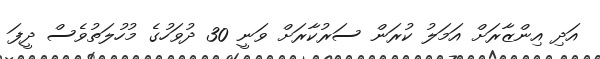
އަދި އިންޒާރަށް އަމަލު ކުރަން ސަރުކާރަށް ވަނީ 30 ދުވަހުގެ މުހުލަތުވެސް ދީފަ